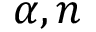
\alpha , n